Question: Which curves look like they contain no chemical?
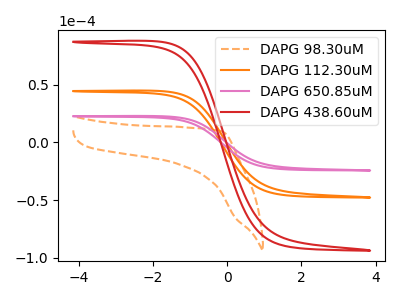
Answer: <think>The orange dashed curve "DAPG 98.30uM" has no peaks. The orange curve "DAPG 112.30uM" has no peaks. The pink curve "DAPG 650.85uM" has no peaks. The red curve "DAPG 438.60uM" has no peaks.</think>
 <answer>"DAPG 98.30uM", "DAPG 112.30uM", "DAPG 650.85uM" and "DAPG 438.60uM" are likely to be blanks.</answer>
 <eval>"DAPG 98.30uM", "DAPG 112.30uM", "DAPG 650.85uM", "DAPG 438.60uM"</eval>